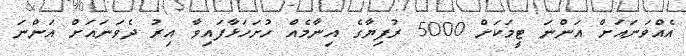
އެއްވަނައަށް އަންނަ ޓީމަކަށް 5000 ރުފިޔާގެ އިނާމެއް ހުށަހަޅާފައިވާ އިރު ދެވަނައަށް އަންނަ